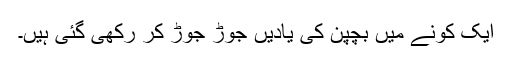
ایک کونے میں بچپن کی یادیں جوڑ جوڑ کر رکھی گئی ہیں۔